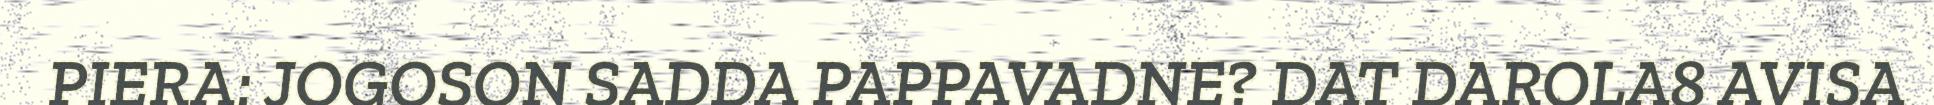
PIERA: JOGOSON SADDA PAPPAVADNE? DAT DAROLA8 AVISA